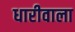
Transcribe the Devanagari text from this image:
धारीवाला